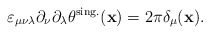
\begin{align*}\varepsilon_{\mu\nu\lambda}\partial_\nu\partial_\lambda\theta^{\rm sing.}({\bf x})=2\pi\delta_\mu({\bf x}).\end{align*}